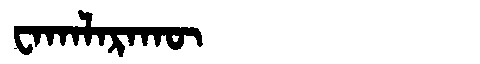
Manchu: ᠸᠠᡴᠠᠯᠠᡵᠠᡴᡡ
Romanization: WAKALARAKŪ